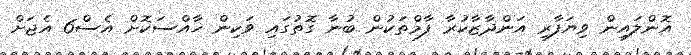
އޮންލައިން ވިޔަފާރި އަންދާޒާކުރާ ފާމްތަކުން ބުނާ ގޮތުގައި ވަކިން ޚާއްސަކޮށް އެސް6 އެޖަށް